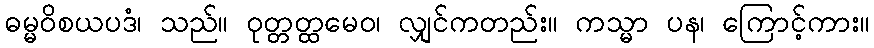
ဓမ္မဝိစယပဒံ၊ သည်။ ဝုတ္တတ္ထမေဝ၊ လျှင်ကတည်း။ ကသ္မာ ပန၊ ကြောင့်ကား။